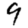
Digit: 9